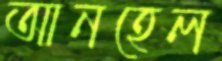
আনহেল